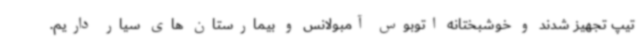
تیپ تجهیز شدند و خوشبختانه اتوبوس آمبولانس و بیمارستان های سیار داریم.